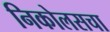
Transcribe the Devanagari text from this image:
निकोलसचा